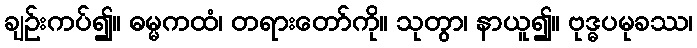
ချဉ်းကပ်၍။ ဓမ္မကထံ၊ တရားတော်ကို။ သုတွာ၊ နာယူ၍။ ဗုဒ္ဓပမုခဿ၊